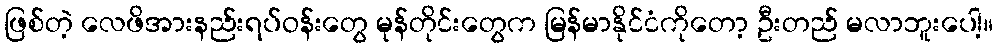
ဖြစ်တဲ့ လေဖိအားနည်းရပ်ဝန်းတွေ မုန်တိုင်းတွေက မြန်မာနိုင်ငံကိုတော့ ဦးတည် မလာဘူးပေါ့။